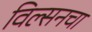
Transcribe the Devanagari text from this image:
विल्सनचा